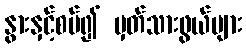
နွားနှင့်စပ်၍ မှတ်သားဖွယ်များ